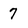
Character: 7